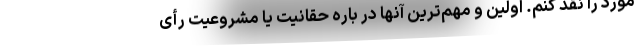
مورد را نقد کنم. اولین و مهم‌ترین آنها در باره حقانیت یا مشروعیت رأی